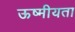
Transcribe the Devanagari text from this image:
ऊष्मीयता